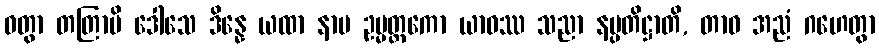
ဝတွာ တတြာပိ ဒေါသေ ဒိန္နေ ယထာ နာမ ဥမ္မတ္တကော ယာဝဿ သညာ နပ္ပတိဋ္ဌာတိ, တာဝ အညံ ဂဟေတွာ